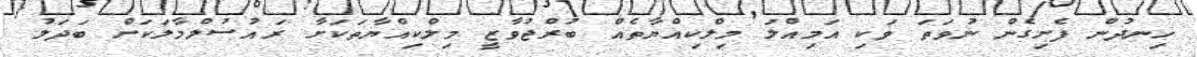
ހިނދުން ފެށިގެން ނުވަތަ ވަކި އަމިއްލަ މިލްކިއްޔާތެއް ބުރްޖުވާޒީ މިލްކިއްޔާތަކަށާ ރައުސުލްމާލަކަށް ބަދަލު